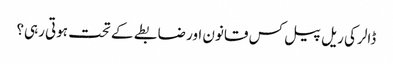
ڈالر کی ریل پیل کس قانون اور ضابطے کے تحت ہوتی رہی؟